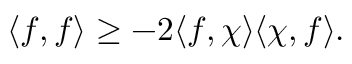
\langle f , f \rangle \geq - 2 \langle f , \chi \rangle \langle \chi , f \rangle .